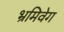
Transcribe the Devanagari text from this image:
भ्रमिवेग